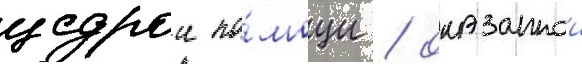
щедрои по́мощи / оказаннои